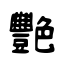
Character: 艷